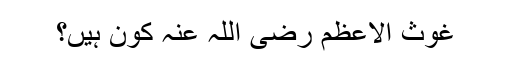
غوث الاعظم رضی اللہ عنہ کون ہیں؟